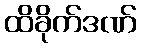
ထိခိုက်ဒဏ်